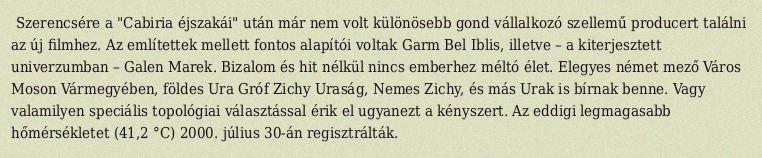
Szerencsére a "Cabiria éjszakái" után már nem volt különösebb gond vállalkozó szellemű producert találni az új filmhez. Az említettek mellett fontos alapítói voltak Garm Bel Iblis, illetve – a kiterjesztett univerzumban – Galen Marek. Bizalom és hit nélkül nincs emberhez méltó élet. Elegyes német mező Város Moson Vármegyében, földes Ura Gróf Zichy Uraság, Nemes Zichy, és más Urak is bírnak benne. Vagy valamilyen speciális topológiai választással érik el ugyanezt a kényszert. Az eddigi legmagasabb hőmérsékletet (41,2 °C) 2000. július 30-án regisztrálták.